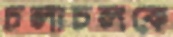
চলাচলকে